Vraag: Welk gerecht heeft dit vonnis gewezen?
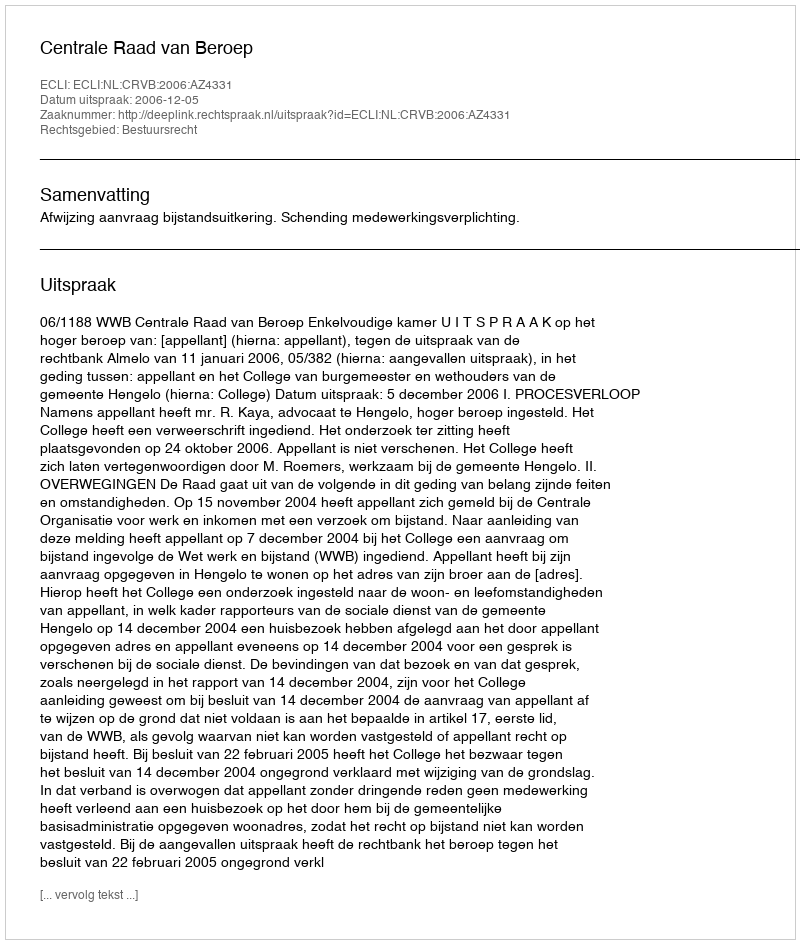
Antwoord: Centrale Raad van Beroep